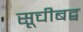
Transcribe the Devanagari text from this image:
सूचीबद्ब